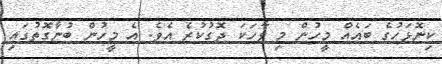
ކިނޮޅަހުގެ ބައެއް މީހުން މި ވާހަކަ ދޮގުކުރެ އެވެ. އެ މީހުން ބުނާގޮތުގައި